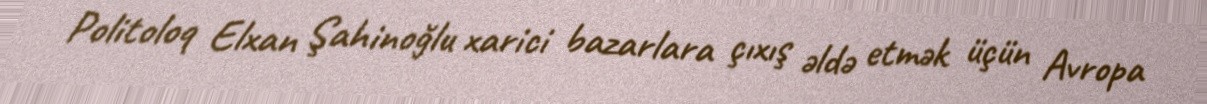
Politoloq Elxan Şahinoğlu xarici bazarlara çıxış əldə etmək üçün Avropa